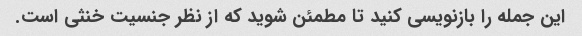
این جمله را بازنویسی کنید تا مطمئن شوید که از نظر جنسیت خنثی است.